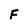
Character: F